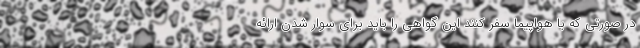
در صورتی که با هواپیما سفر کنند این گواهی را باید برای سوار شدن ارائه